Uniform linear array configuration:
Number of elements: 24
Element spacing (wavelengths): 0.25
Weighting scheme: cosine
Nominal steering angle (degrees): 30
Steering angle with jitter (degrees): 29.751
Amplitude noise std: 0.05
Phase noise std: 0.05

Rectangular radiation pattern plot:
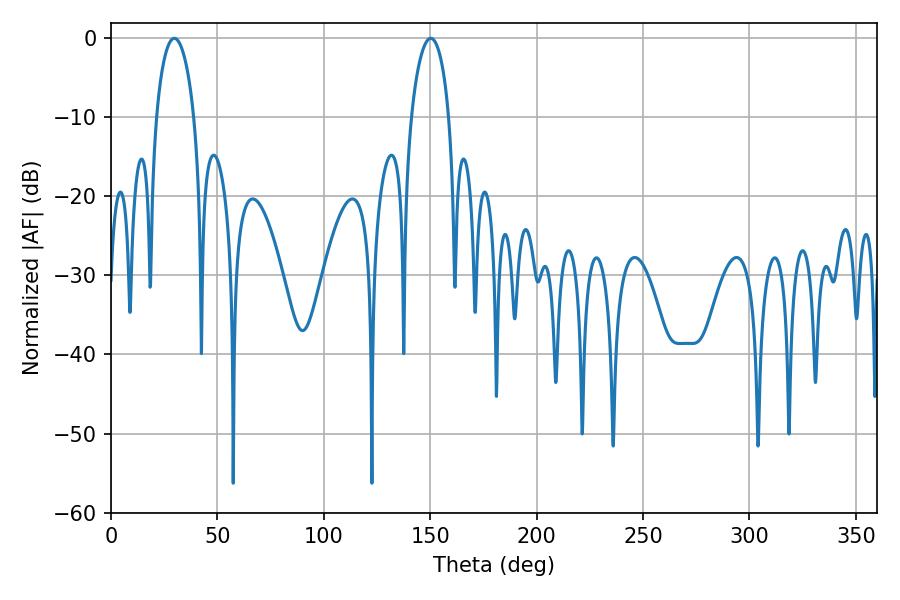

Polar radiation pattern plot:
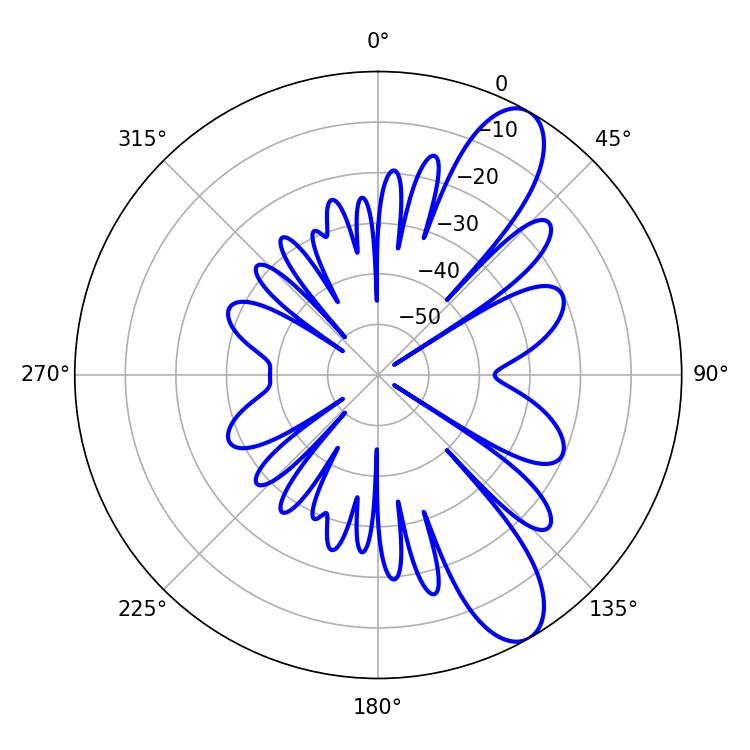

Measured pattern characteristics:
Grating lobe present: FALSE
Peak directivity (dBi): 10.137
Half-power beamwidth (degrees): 10.08
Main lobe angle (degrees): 29.7